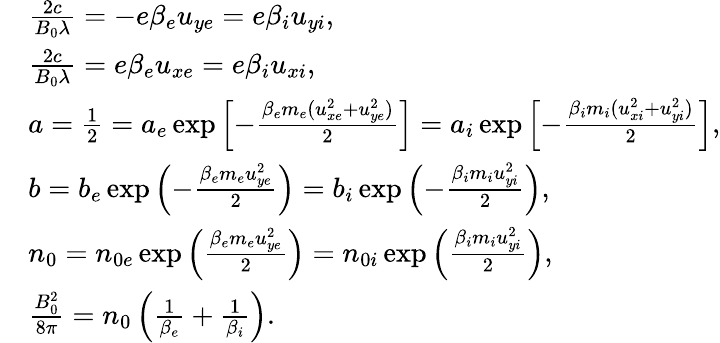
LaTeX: \begin{array}{rl}&{\frac{2c}{B_{0}\lambda}=-e\beta_{e}u_{ye}=e\beta_{i}u_{yi},}\\ &{\frac{2c}{B_{0}\lambda}=e\beta_{e}u_{xe}=e\beta_{i}u_{xi},}\\ &{a=\frac{1}{2}=a_{e}\exp\left[-\frac{\beta_{e}m_{e}(u_{xe}^{2}+u_{ye}^{2})}{2}\right]=a_{i}\exp\left[-\frac{\beta_{i}m_{i}(u_{xi}^{2}+u_{yi}^{2})}{2}\right],}\\ &{b=b_{e}\exp\left(-\frac{\beta_{e}m_{e}u_{ye}^{2}}{2}\right)=b_{i}\exp\left(-\frac{\beta_{i}m_{i}u_{yi}^{2}}{2}\right),}\\ &{n_{0}=n_{0e}\exp\left(\frac{\beta_{e}m_{e}u_{ye}^{2}}{2}\right)=n_{0i}\exp\left(\frac{\beta_{i}m_{i}u_{yi}^{2}}{2}\right),}\\ &{\frac{B_{0}^{2}}{8\pi}=n_{0}\left(\frac{1}{\beta_{e}}+\frac{1}{\beta_{i}}\right).}\end{array}